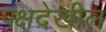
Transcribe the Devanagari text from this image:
पक्षदेखील